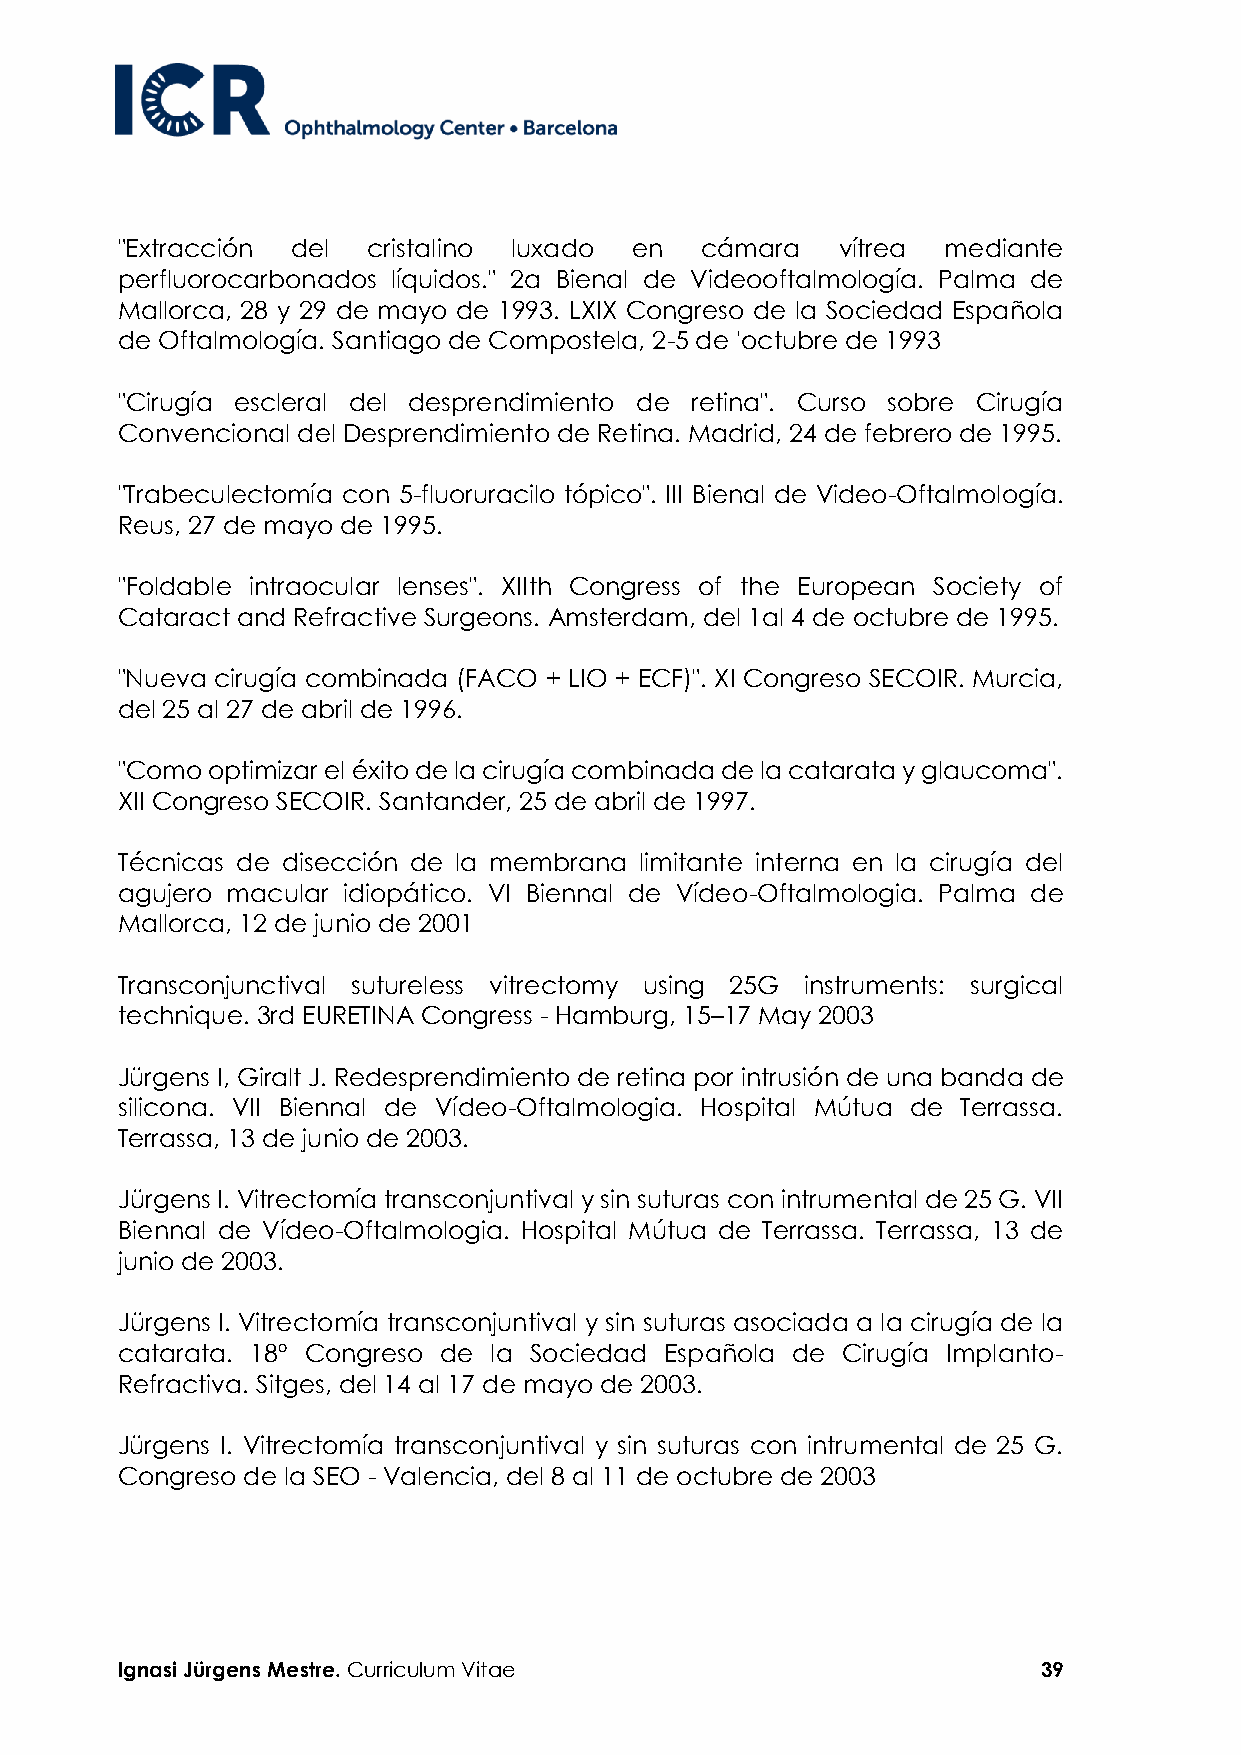
"Extracción del cristalino luxado en  cámara   vítrea  mediante
 perfluorocarbonados líquidos." 2a Bienal de Videooftalmología. Palma de
 Mallorca, 28 y 29 de mayo de 1993. LXIX Congreso de la Sociedad Española
 de Oftalmología. Santiago de Compostela, 2-5 de 'octubre de 1993
 "Cirugía escleral del desprendimiento de retina". Curso sobre Cirugía
 Convencional del Desprendimiento de Retina. Madrid, 24 de febrero de 1995.
 "Trabeculectomía con 5-fluoruracilo tópico". III Bienal de Video-Oftalmología.
 Reus, 27 de mayo de 1995.
 "Foldable intraocular lenses". XIIth Congress of the European Society of
 Cataract and Refractive Surgeons. Amsterdam, del 1al 4 de octubre de 1995.
 "Nueva cirugía combinada (FACO + LIO + ECF)". XI Congreso SECOIR. Murcia,
 del 25 al 27 de abril de 1996.
 "Como optimizar el éxito de la cirugía combinada de la catarata y glaucoma".
 XII Congreso SECOIR. Santander, 25 de abril de 1997.
 Técnicas de disección de la membrana limitante interna en la cirugía del
 agujero macular idiopático. VI Biennal de Vídeo-Oftalmologia. Palma de
 Mallorca, 12 de junio de 2001
 Transconjunctival sutureless vitrectomy using 25G instruments: surgical
 technique. 3rd EURETINA Congress - Hamburg, 15–17 May 2003
 Jürgens I, Giralt J. Redesprendimiento de retina por intrusión de una banda de
 silicona. VII Biennal de Vídeo-Oftalmologia. Hospital Mútua de Terrassa.
 Terrassa, 13 de junio de 2003.
 Jürgens I. Vitrectomía transconjuntival y sin suturas con intrumental de 25 G. VII
 Biennal de Vídeo-Oftalmologia. Hospital Mútua de Terrassa. Terrassa, 13 de
 junio de 2003.
 Jürgens I. Vitrectomía transconjuntival y sin suturas asociada a la cirugía de la
 catarata. 18º Congreso de la Sociedad Española de Cirugía Implanto-
 Refractiva. Sitges, del 14 al 17 de mayo de 2003.
 Jürgens I. Vitrectomía transconjuntival y sin suturas con intrumental de 25 G.
 Congreso de la SEO - Valencia, del 8 al 11 de octubre de 2003
 Ignasi Jürgens Mestre. Curriculum Vitae                      39